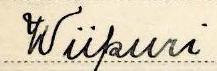
Wiipuri